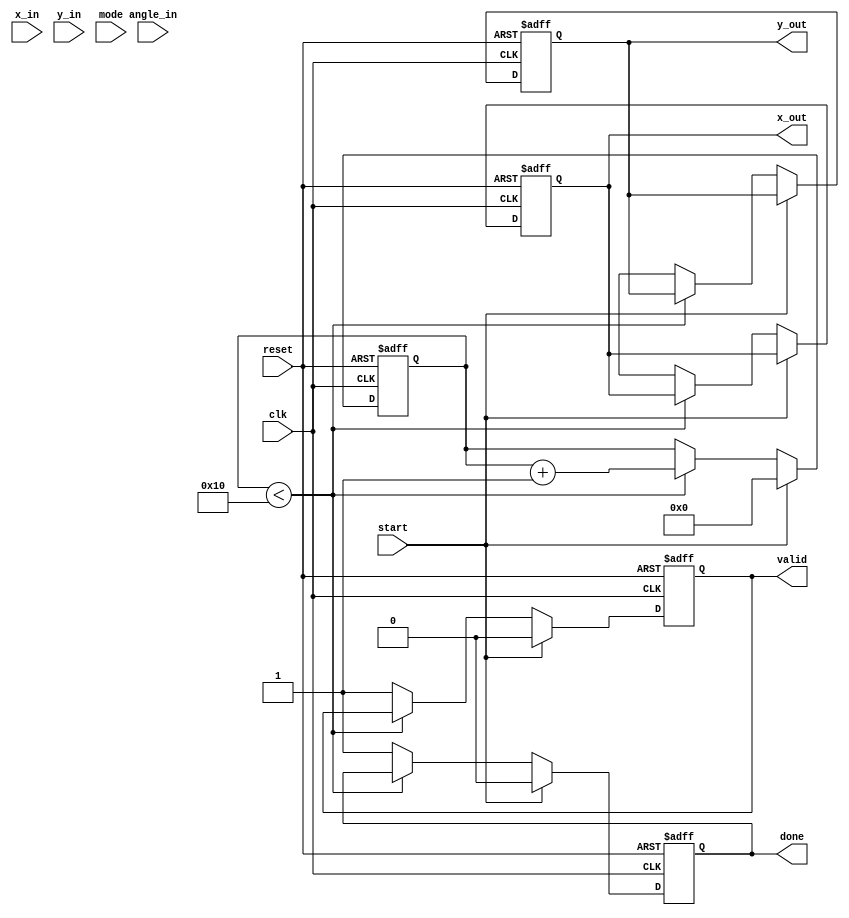
module adaptive_cordic #(
    parameter WIDTH = 16,             // Data width
    parameter ITERATIONS = 16,        // Number of iterations
    parameter MODE_WIDTH = 1           // Mode width (0: rotation, 1: vectoring)
)(
    input wire clk,
    input wire reset,
    input wire [WIDTH-1:0] x_in,      // Input x value
    input wire [WIDTH-1:0] y_in,      // Input y value
    input wire [WIDTH-1:0] angle_in,  // Input angle
    input wire [MODE_WIDTH-1:0] mode, // Operation mode
    input wire start,                  // Start signal
    output reg [WIDTH-1:0] x_out,     // Output x value
    output reg [WIDTH-1:0] y_out,     // Output y value
    output reg valid,                  // Output valid signal
    output reg done                    // Done signal
);

    reg [WIDTH-1:0] x [0:ITERATIONS-1]; // Pipeline registers for x
    reg [WIDTH-1:0] y [0:ITERATIONS-1]; // Pipeline registers for y
    reg [WIDTH-1:0] angle [0:ITERATIONS-1]; // Pipeline registers for angles
    reg [7:0] atan_table [0:ITERATIONS-1]; // Lookup table for arctangent values

    // Initialize arctangent values (in a real implementation, these would be pre-computed)
    initial begin
        atan_table[0] = 8'd45;   // atan(1) = 45 degrees
        atan_table[1] = 8'd26;   // atan(0.5) = 26.565 degrees
        // Populate the rest of the atan_table...
    end

    integer i;
    reg [4:0] iteration; // Current iteration count

    always @(posedge clk or posedge reset) begin
        if (reset) begin
            valid <= 0;
            done <= 0;
            iteration <= 0;
            x_out <= 0;
            y_out <= 0;
        end else if (start) begin
            // Initialize inputs
            x[0] <= x_in;
            y[0] <= y_in;
            angle[0] <= angle_in;
            iteration <= 0;
            valid <= 0;
            done <= 0;
        end else if (iteration < ITERATIONS) begin
            // Perform CORDIC iteration
            if (mode == 1'b0) begin // Rotation mode
                if (angle[iteration] >= 0) begin
                    x[iteration + 1] <= x[iteration] - (y[iteration] >>> iteration);
                    y[iteration + 1] <= y[iteration] + (x[iteration] >>> iteration);
                    angle[iteration + 1] <= angle[iteration] - atan_table[iteration];
                end else begin
                    x[iteration + 1] <= x[iteration] + (y[iteration] >>> iteration);
                    y[iteration + 1] <= y[iteration] - (x[iteration] >>> iteration);
                    angle[iteration + 1] <= angle[iteration] + atan_table[iteration];
                end
            end else if (mode == 1'b1) begin // Vectoring mode
                // Vectoring implementation (if needed)
            end

            iteration <= iteration + 1;
        end else begin
            // Final output assignment
            x_out <= x[ITERATIONS];
            y_out <= y[ITERATIONS];
            valid <= 1;
            done <= 1;
        end
    end
endmodule